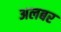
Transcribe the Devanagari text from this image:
अलबर